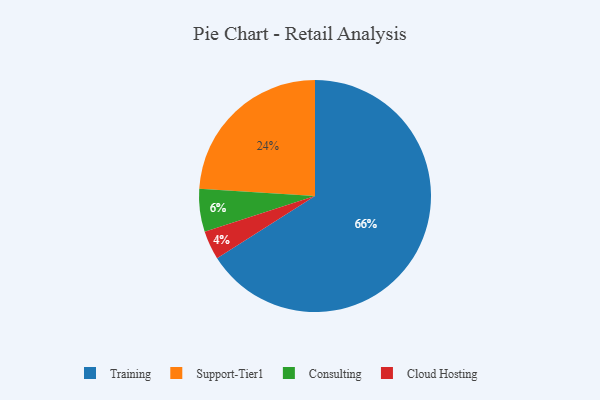
{"axis": {"x": "Category", "y": "Percentage"}, "legend": ["Cloud Hosting", "Consulting", "Support-Tier1", "Training"], "data": [{"x": "Consulting", "y": 6, "type": "Consulting"}, {"x": "Cloud Hosting", "y": 4, "type": "Cloud Hosting"}, {"x": "Training", "y": 66, "type": "Training"}, {"x": "Support-Tier1", "y": 24, "type": "Support-Tier1"}]}